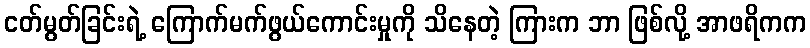
ငတ်မွတ်ခြင်းရဲ့ ကြောက်မက်ဖွယ်ကောင်းမှုကို သိနေတဲ့ ကြားက ဘာ ဖြစ်လို့ အာဖရိကက